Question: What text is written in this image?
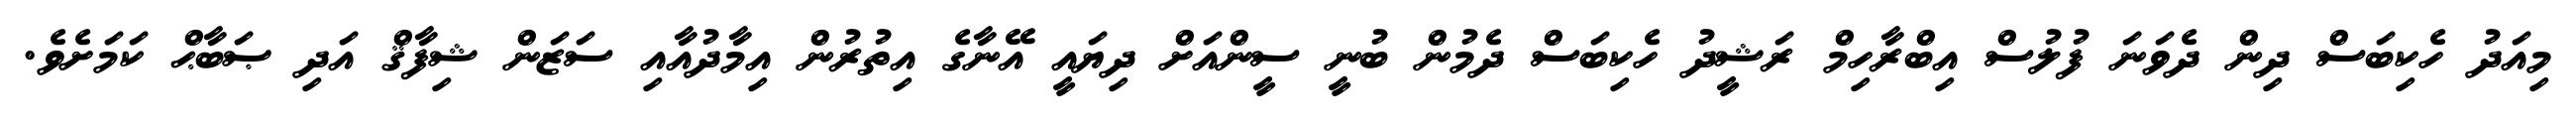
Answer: މިއަދު ހެކިބަސް ދިން ދެވަނަ ފުލުސް އިބްރާހިމް ރަޝީދު ހެކިބަސް ދެމުން ބުނީ ސީންއަށް ދިޔައީ އޭނާގެ އިތުރުން އިމާދުއާއި ސަޒަން ޝިފާޤް އަދި ޞަބާޙް ކަމަށެވެ.